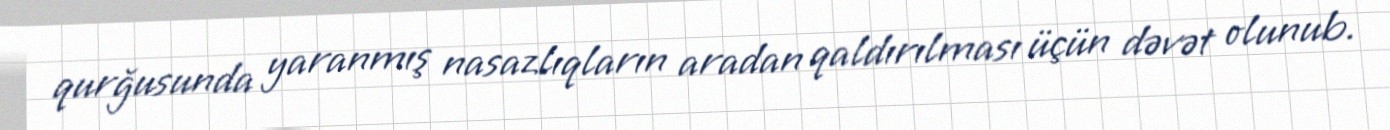
qurğusunda yaranmış nasazlıqların aradan qaldırılması üçün dəvət olunub.